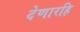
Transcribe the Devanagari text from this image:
देणारहि